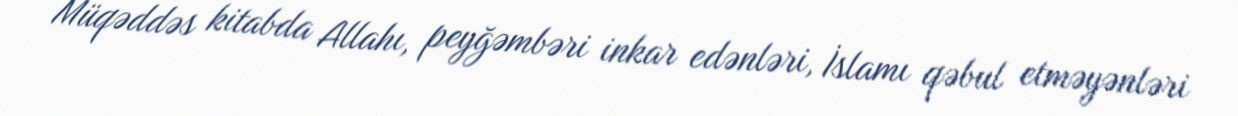
Müqəddəs kitabda Allahı, peyğəmbəri inkar edənləri, İslamı qəbul etməyənləri